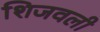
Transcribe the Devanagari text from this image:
शिजवली